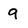
Character: 9